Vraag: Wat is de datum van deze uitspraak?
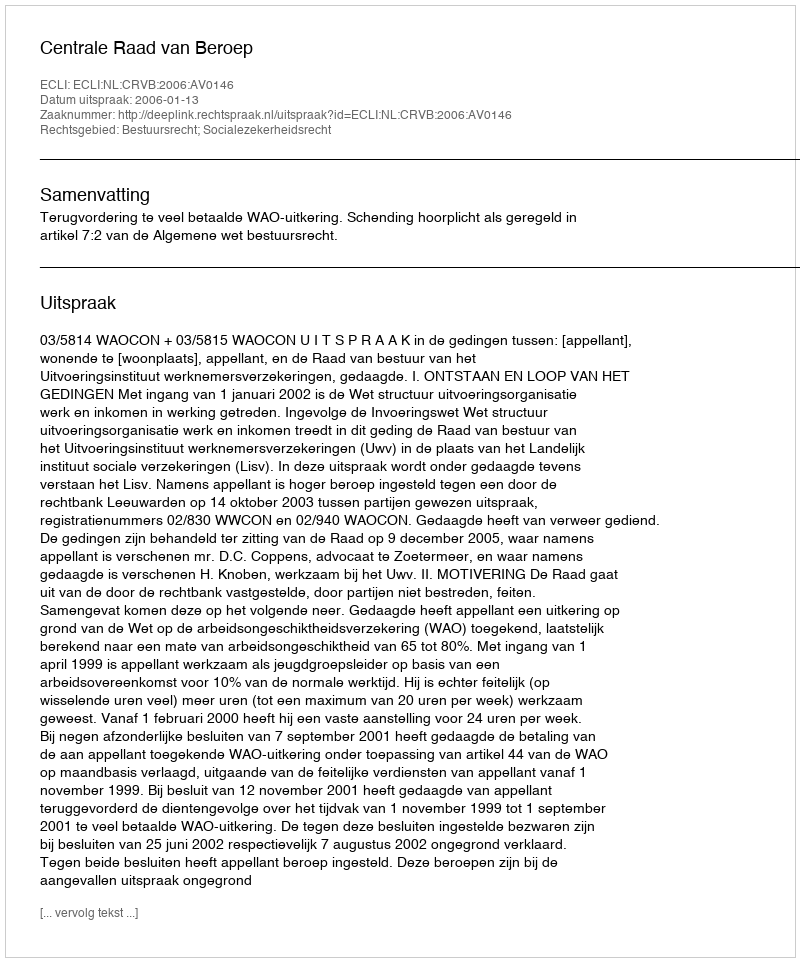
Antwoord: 2006-01-13